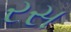
રસ